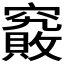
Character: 𰩞